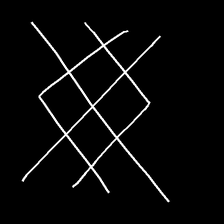
Glyph: crystal